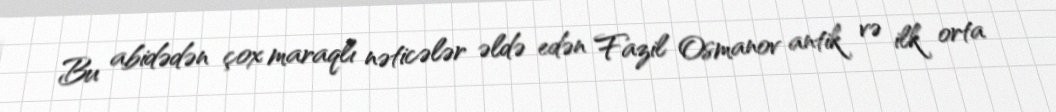
Bu abidədən çox maraqlı nəticələr əldə edən Fazil Osmanov antik və ilk orta